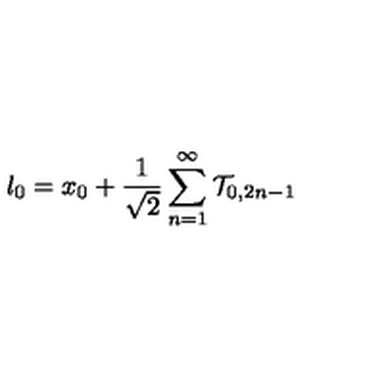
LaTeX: l _ { 0 } = x _ { 0 } + \frac { 1 } { \sqrt { 2 } } \sum _ { n = 1 } ^ { \infty } \mathcal { T } _ { 0 , 2 n - 1 }